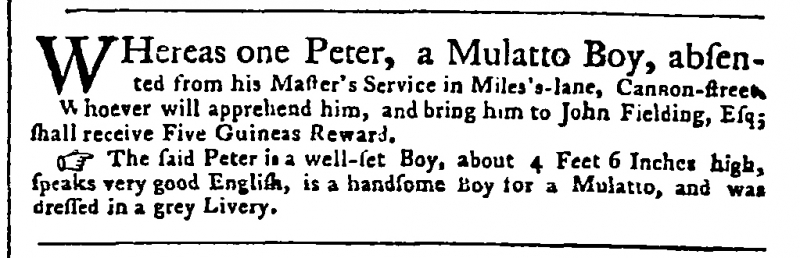
Public Advertiser, 8 June 1758 (England)
WHereas one Peter, a Mulatto Boy, absented from his Master’s Service in Miles's-lane, Cannon-street. Whoever will apprehend him, and bring him to John Fielding, Esq; shall receive Five Guineas Reward.  The said Peter is a well-set Boy, about 4 Feet 6 Inches high, speaks very good English, is a handsome Boy for a Mulatto, and was dressed in a grey Livery.